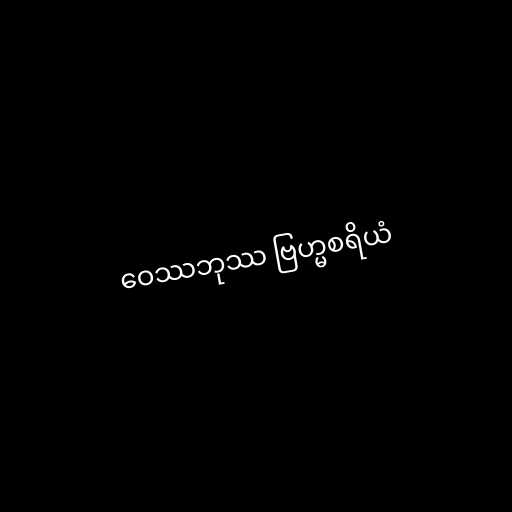
ဝေဿဘုဿ ဗြဟ္မစရိယံ